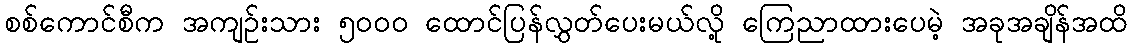
စစ်ကောင်စီက အကျဉ်းသား ၅၀၀၀ ထောင်ပြန်လွှတ်ပေးမယ်လို့ ကြေညာထားပေမဲ့ အခုအချိန်အထိ